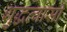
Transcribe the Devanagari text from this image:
शुद्धत्वासी